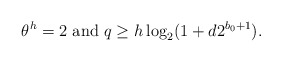
\begin{align*}\theta^h=2~{\rm and}~ q\ge h\log_2(1+d2^{b_0+1}). \end{align*}